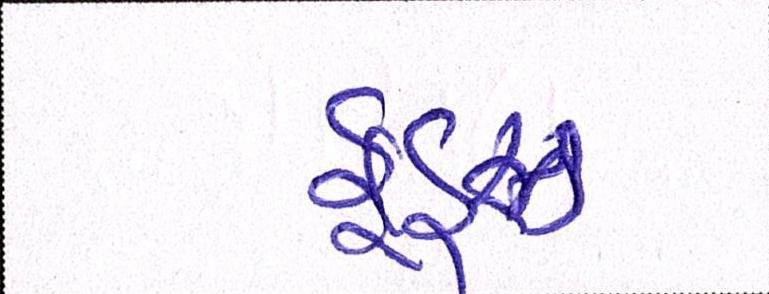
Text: ફૂડ્ઝ